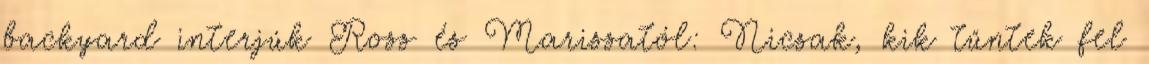
backyard interjúk Ross és Marissatól: Nicsak, kik tűntek fel